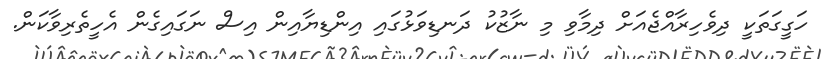
ހަގީގަތަކީ ދިވެހިރާއްޖެއަށް ދިމާވި މި ނާޒުކު ދަނޑިވަޅުގައި އިންޑިޔާއިން އިސް ނަގައިގެން އެހީތެރިވާކަން.